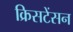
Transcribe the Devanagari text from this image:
क्रिसटेंसन